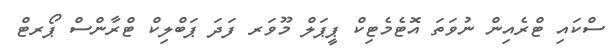
ސްކައި ޓްރެއިން ނުވަތަ އޮޓެމެޓިކް ޕީޕަލް މޫވަރ ފަދަ ޕަބްލިކް ޓްރާންސް ޕޯރޓް